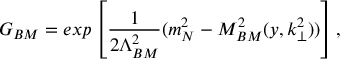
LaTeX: G _ { B M } = e x p \left[ { \frac { 1 } { 2 \Lambda _ { B M } ^ { 2 } } } ( m _ { N } ^ { 2 } - M _ { B M } ^ { 2 } ( y , k _ { \perp } ^ { 2 } ) ) \right] ,